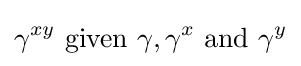
\gamma ^{xy}{\text{ given }}\gamma ,\gamma ^{x}{\text{ and }}\gamma ^{y}